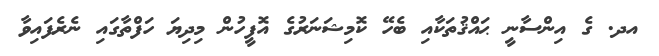
އދ. ގެ އިންސާނީ ޙައްޤުތަކާއި ބެހޭ ކޮމިޝަނަރުގެ އޮފީހުން މިދިޔަ ހަފްތާގައި ނެރެފައިވާ